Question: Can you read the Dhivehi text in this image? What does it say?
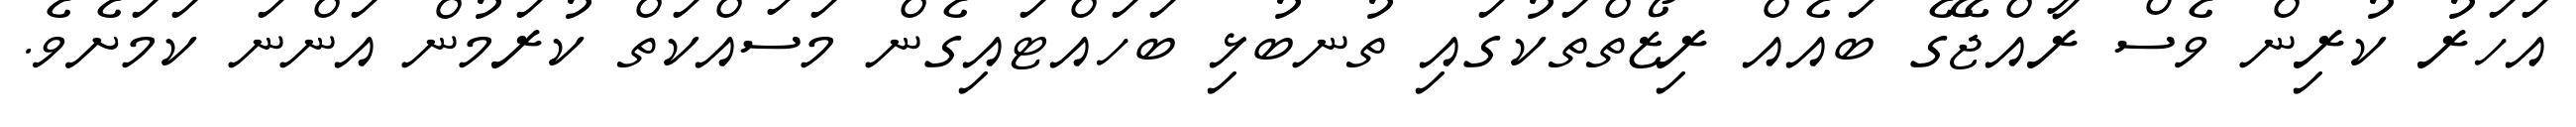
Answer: އަހަރު ކުރިން ވެސް ރާއްޖޭގެ ބައެއް ރިޒޯތްތަކުގައި ތުނބުޅި ބަހައްޓައިގެން މަސައްކަތް ކުރަމުން އަންނަ ކަމަށެވެ.